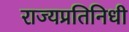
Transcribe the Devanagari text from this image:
राज्यप्रतिनिधी